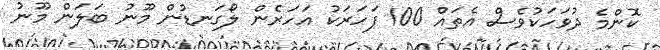
ކޮންމެ ދުވަހަކުވެސް އެތައް 100 ފަހަރަކު އަހަރެން ލޯގަނޑުން މޫނު ބަލަން މޫނު